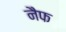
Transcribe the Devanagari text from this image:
नैफ